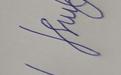
Signature authenticity: forged